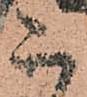
ニ